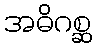
အဓိဂစ္ဆ